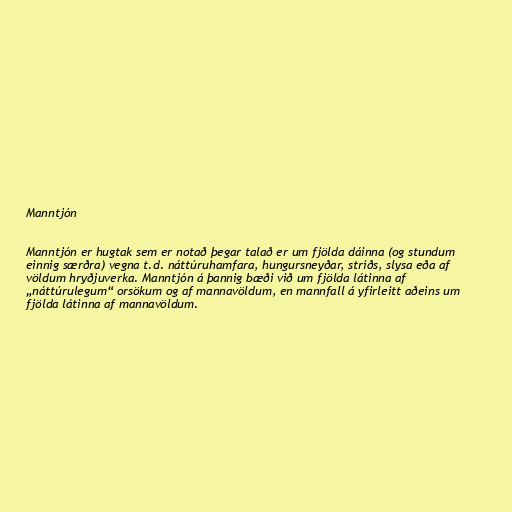
Manntjón

Manntjón er hugtak sem er notað þegar talað er um fjölda dáinna (og stundum
einnig særðra) vegna t.d. náttúruhamfara, hungursneyðar, stríðs, slysa eða af
völdum hryðjuverka. Manntjón á þannig bæði við um fjölda látinna af
„náttúrulegum“ orsökum og af mannavöldum, en mannfall á yfirleitt aðeins um
fjölda látinna af mannavöldum.